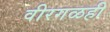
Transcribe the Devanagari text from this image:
वीरगळही